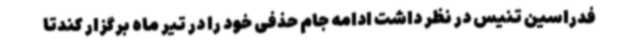
فدراسین تنیس در نظر داشت ادامه جام حذفی خود را در تیر ماه برگزار کندتا